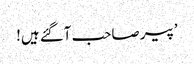
’پیر صاحب آگئے ہیں!